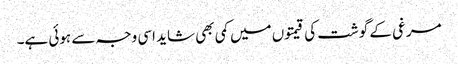
مرغی کے گوشت کی قیمتوں میں کمی بھی شاید اسی وجہ سے ہوئی ہے۔